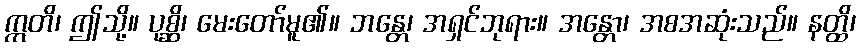
ဣတိ၊ ဤသို့။ ပုစ္ဆိ၊ မေးတော်မူ၏။ ဘန္တေ၊ အရှင်ဘုရား။ အန္တော၊ အစအဆုံးသည်။ နတ္ထိ၊